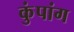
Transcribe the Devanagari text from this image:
कुंपांग